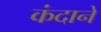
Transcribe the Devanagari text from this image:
कंदाने